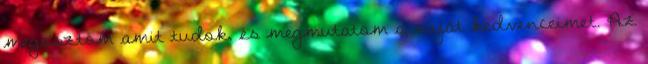
megosztom amit tudok, és megmutatom a saját kedvenceimet. Az